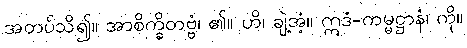
အတပ်သိ၍။ အာစိက္ခိတဗ္ဗံ၊ ၏။ ဟိ၊ ချဲ့အံ့။ ဣဒံ-ကမ္မဋ္ဌာနံ၊ ကို။